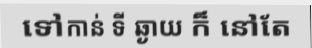
ទៅកាន់ ទី ឆ្ងាយ ក៏ នៅតែ